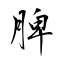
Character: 脾